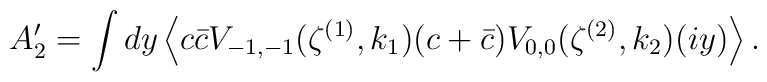
A^\prime_2= \int dy \left\langle c\bar{c}V_{-1,-1}(\zeta^{(1)},k_1)(c+\bar{c})V_{0,0}(\zeta^{(2)},k_2)(iy)\right\rangle.